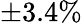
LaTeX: \pm 3.4\%